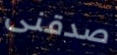
صدقنى